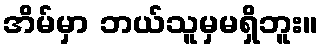
အိမ်မှာ ဘယ်သူမှမရှိဘူး။